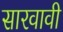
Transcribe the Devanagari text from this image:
सारवावी